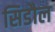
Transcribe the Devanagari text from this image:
सिडौल